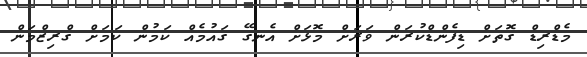
މެޑްރިޑް ގޮތަށް ޑިފެންްޑްކުރަން ވަރަށް މޮޅަށް އެނގޭ ގައުމެއް ކަމުން ކަމަށް ގްރިޒްމަން